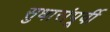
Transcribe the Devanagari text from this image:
सुधारांपूर्वी